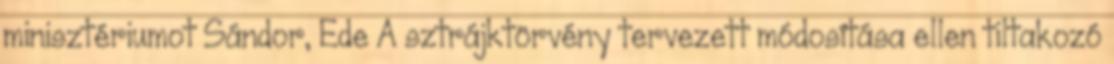
minisztériumot Sándor, Ede A sztrájktörvény tervezett módosítása ellen tiltakozó